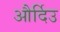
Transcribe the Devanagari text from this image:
और्दिउ